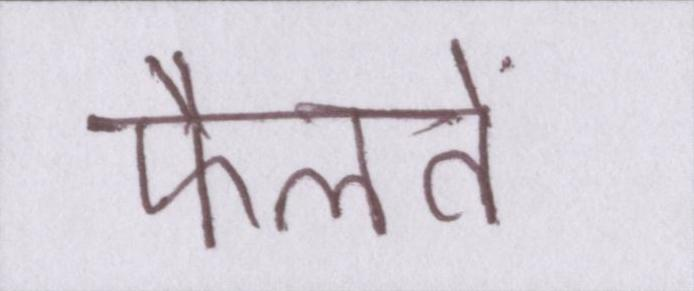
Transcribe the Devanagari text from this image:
फैलते